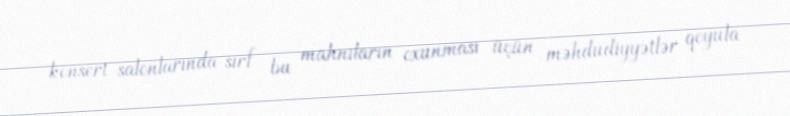
konsert salonlarında sırf bu mahnıların oxunması üçün məhdudiyyətlər qoyula